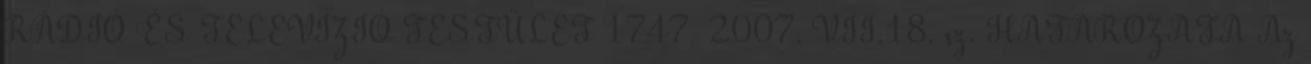
RÁDIÓ ÉS TELEVÍZIÓ TESTÜLET 1747 2007. VII.18. sz. HATÁROZATA Az